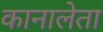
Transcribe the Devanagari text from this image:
कानालेता